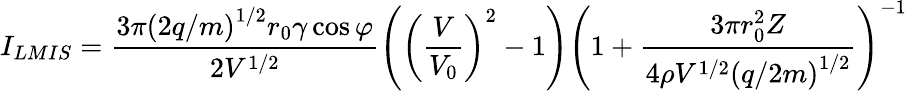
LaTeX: I_{LMIS}=\frac{3\pi\left(2q/m\right)^{1/2}r_{0}\gamma\cos{\varphi}}{2V^{1/2}}\left(\left(\frac{V}{V_{0}}\right)^{2}-1\right)\left(1+\frac{3\pi r_{0}^{2}Z}{4\rho V^{1/2}\left(q/2m\right)^{1/2}}\right)^{-1}